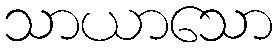
သာယာသော